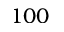
1 0 0